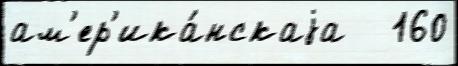
ам'ер'ика́нскаjа   160